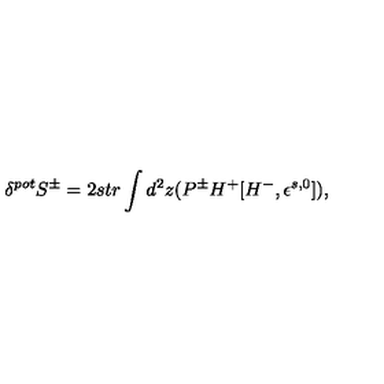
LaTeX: \delta ^ { p o t } S ^ { \pm } = 2 s t r \int d ^ { 2 } z ( P ^ { \pm } H ^ { + } [ H ^ { - } , \epsilon ^ { s , 0 } ] ) ,